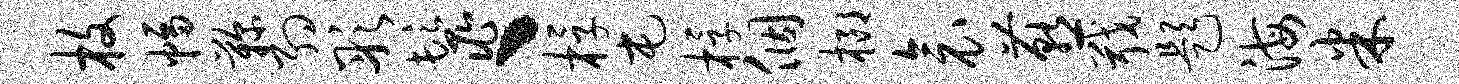
枚幅鞠约彤鬣丶桴屯桴个榔衾燕戢题海米